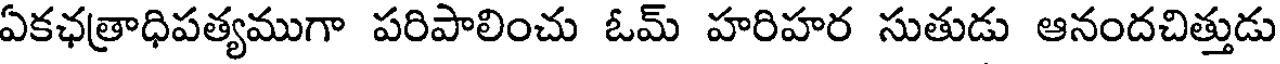
ఏకఛత్రాధిపత్యముగా పరిపాలించు ఓమ్ హరిహర సుతుడు ఆనందచిత్తుడు